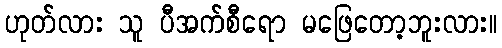
ဟုတ်လား သူ ပီအက်စီရော မဖြေတော့ဘူးလား။